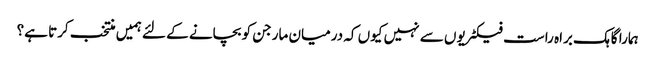
ہمارا گاہک براہ راست فیکٹریوں سے نہیں کیوں کہ درمیان مارجن کو بچانے کے لئے ہمیں منتخب کرتا ہے؟